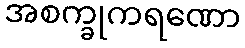
အစက္ခုကရဏော